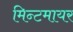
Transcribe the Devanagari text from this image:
मिन्टमायर